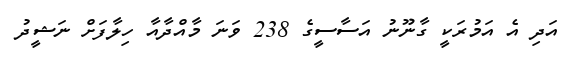
އަދި އެ އަމުރަކީ ގާނޫނު އަސާސީގެ 238 ވަނަ މާއްދާއާ ހިލާފަށް ނަޝީދު